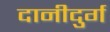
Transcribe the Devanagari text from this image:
दानीदुर्ग